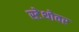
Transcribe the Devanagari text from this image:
स्टेथोवर